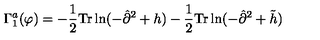
\Gamma _ { 1 } ^ { a } ( \varphi ) = - \frac { 1 } { 2 } \mathrm { T r } \ln ( - { \hat { \partial } } ^ { 2 } + h ) - \frac { 1 } { 2 } \mathrm { T r } \ln ( - { \hat { \partial } } ^ { 2 } + { \tilde { h } } )